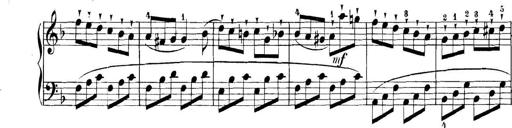
Title: 11 Sonatinas
Composer: Anton Diabelli